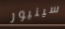
سينيور